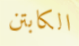
الكابتن